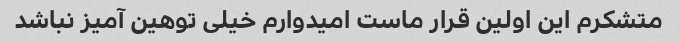
متشکرم این اولین قرار ماست امیدوارم خیلی توهین آمیز نباشد